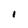
Character: I